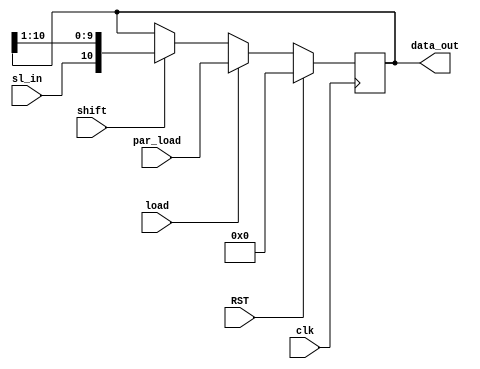
module usrpo_Dec_bo #( parameter width =11 )
(input clk,
input RST,
input shift,
input load,
input sl_in,
input [width-1:0] par_load,
output [width-1:0] data_out);

reg [width-1:0] storage;



always @(negedge clk) 
	begin
		if (RST)
			storage<=0;
		else if(load)
			storage <= par_load;
		else if(shift)
			storage <= {sl_in, data_out[width-1:1]};
		
			
			
	end
	
	
	assign data_out = storage ;
endmodule